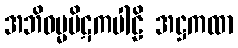
အဘိဓမ္မပိဋကပါဠိ အဋ္ဌကထာ